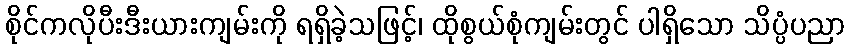
စိုင်ကလိုပီးဒီးယားကျမ်းကို ရရှိခဲ့သဖြင့်၊ ထိုစွယ်စုံကျမ်းတွင် ပါရှိသော သိပ္ပံပညာ